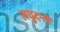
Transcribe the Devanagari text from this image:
लघुदन्ती